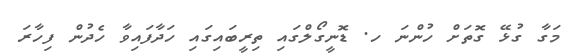
މަގާ ގުޅޭ ގޮތަށް ހުންނަ ހ. ޑޮނީގޯލްގައި ތިރީބައިގައި ހަދާފައިވާ ހެދުން ފިހާރަ